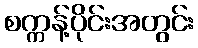
စက္ကန့်ပိုင်းအတွင်း